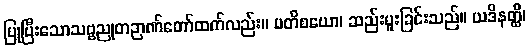
ပြုပြီးသောသဗ္ဗညုတဉာဏ်တော်ထက်လည်း။ ပတိစယော၊ ဆည်းပူးခြင်းသည်။ ယဒိနတ္ထိ၊